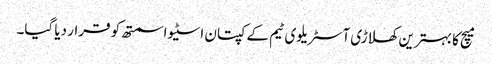
میچ کا بہترین کھلاڑی آسٹریلوی ٹیم کے کپتان اسٹیو اسمتھ کو قرار دیا گیا۔